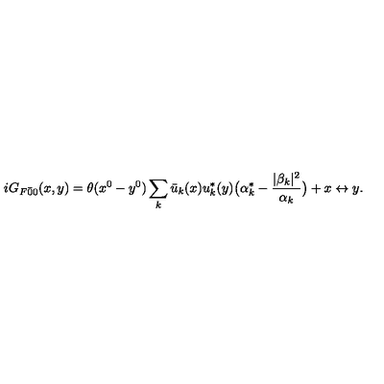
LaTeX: i G _ { F \bar { 0 } { 0 } } ( x , y ) = \theta ( x ^ { 0 } - y ^ { 0 } ) \sum _ { k } \bar { u } _ { k } ( x ) u _ { k } ^ { * } ( y ) \bigl ( \alpha _ { k } ^ { * } - \frac { | \beta _ { k } | ^ { 2 } } { \alpha _ { k } } \bigr ) + x \leftrightarrow y .